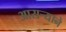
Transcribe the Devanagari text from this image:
आसर्‍याने